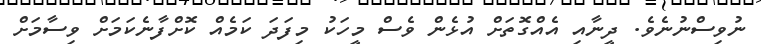
ނުވިސްނުނެވެ. ދީނާއި އެއްގޮތަށް އުޅެން ވެސް މީހަކު މިފަދަ ކަމެއް ކޮށްފާނެކަމަށް ވިސާމަށް